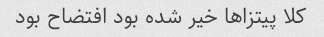
کلا پیتزا‌ها خیر شده بود افتضاح بود